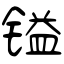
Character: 镒